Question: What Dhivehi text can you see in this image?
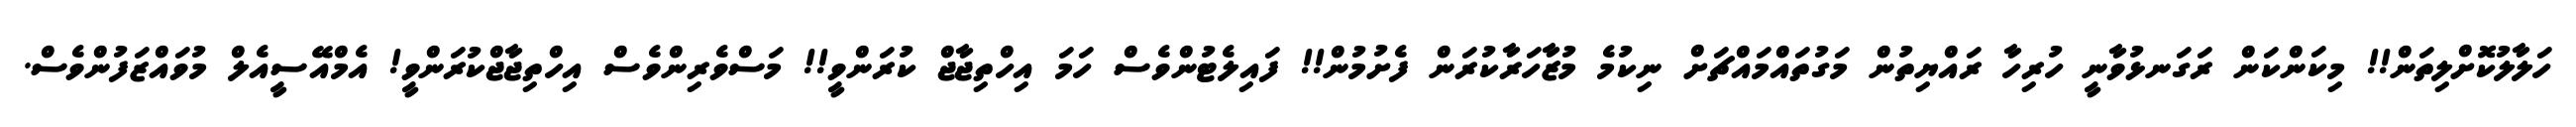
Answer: ހަލާލުކޮށްލިތަން!! މިކަންކަން ރަގަނޅުވާނީ ހުރިހާ ރައްޔިތުން މަގުތައްމައްޗަށް ނިކުމެ މުޒާހަރާކުރަން ފެށުމުން!! ފައިލެޓުންވެސް ހަމަ އިހްތިޖާޖް ކުރަންވީ!! މަސްވެރިންވެސް އިހްތިޖާޖްކުރަންވީ! އެމްއޭސީއެލް މުވައްޒަފުންވެސް.